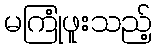
မကြုံဖူးသည့်